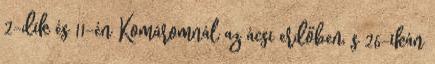
2-dik és 11-én Komáromnál az ácsi erdőben, s 26-ikán